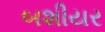
બશીયર